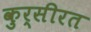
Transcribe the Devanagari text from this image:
कुर्सीरत